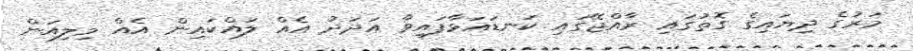
މަރުގެ ދިޔައިގެ ގޮތުގައި ރާއްޖޭގައި ކަނޑައަޅާފައިވާ އަދަދު އެއް ލައްކައިން އެއް މިލިއަން